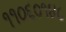
૧૧૦૬૦૧૪૮